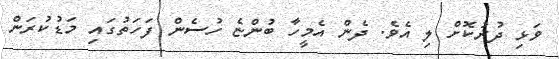
ވަޅި ދުރުކޮށް ލި އެވެ. ދެން އެމީހާ ބުންޏެ ހުސެން ފަހަތުގައި މަޑުކުރަން